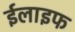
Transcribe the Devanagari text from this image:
ईलाइफ